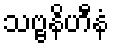
သဗ္ဗနိဟီနံ